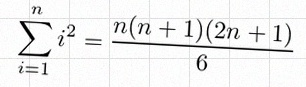
\sum_{i=1}^{n}i^2=\frac{n(n+1)(2n+1)}6